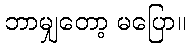
ဘာမျှတော့ မပြော။